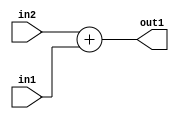
`timescale 1ps / 1ps
/*****************************************************************************
    Verilog RTL Description
    
    
    Created by: Stratus DpOpt 21.05.01 
*******************************************************************************/

module SobelFilter_Add_32Ux32U_32U_4 (
	in2,
	in1,
	out1
	); /* architecture "behavioural" */ 
input [31:0] in2,
	in1;
output [31:0] out1;
wire [31:0] asc001;

assign asc001 = 
	+(in2)
	+(in1);

assign out1 = asc001;
endmodule

/* CADENCE  urn3SQA= : u9/ySxbfrwZIxEzHVQQV8Q== ** DO NOT EDIT THIS LINE ******/